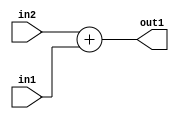
`timescale 1ps / 1ps
/*****************************************************************************
    Verilog RTL Description
    
    
    Created by: Stratus DpOpt 21.05.01 
*******************************************************************************/

module SobelFilter_Add_32Ux32U_32U_4 (
	in2,
	in1,
	out1
	); /* architecture "behavioural" */ 
input [31:0] in2,
	in1;
output [31:0] out1;
wire [31:0] asc001;

assign asc001 = 
	+(in2)
	+(in1);

assign out1 = asc001;
endmodule

/* CADENCE  urn3SQA= : u9/ySxbfrwZIxEzHVQQV8Q== ** DO NOT EDIT THIS LINE ******/